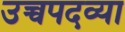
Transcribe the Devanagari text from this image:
उच्चपदव्या